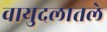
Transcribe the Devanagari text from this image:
वायुदलातले